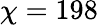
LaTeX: \chi=198